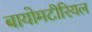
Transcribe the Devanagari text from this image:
बायोमटीरियल